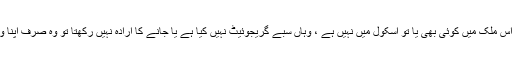
میرے خیال میں اگر اس ملک میں کوئی بھی یا تو اسکول میں نہیں ہے ، وہاں سبے گریجوئیٹ نہیں کیا ہے یا جانے کا ارادہ نہیں رکھتا تو وہ صرف اپنا وقت ضائع کررہا ہے۔